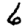
Digit: 6